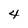
Character: 4